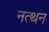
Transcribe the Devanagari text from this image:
नत्थन